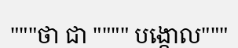
"""ថា ជា """" បង្គោល"""